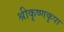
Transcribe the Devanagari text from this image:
श्रीकृष्णकृपा